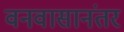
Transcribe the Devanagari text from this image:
वनवासानंतर